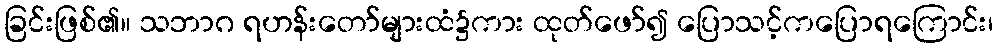
ခြင်းဖြစ်၏။ သဘာဂ ရဟန်းတော်များထံ၌ကား ထုတ်ဖော်၍ ပြောသင့်ကပြောရကြောင်း၊